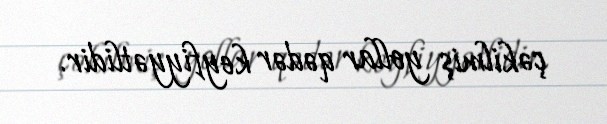
çəkilmiş yollar qədər keyfiyyətlidir.